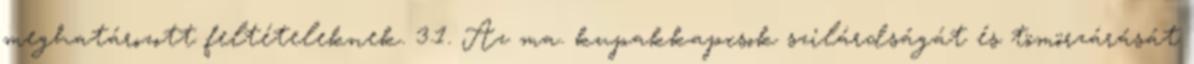
meghatározott feltételeknek. 3.1. Az ma. kupakkapcsok szilárdságát és tömörzárását